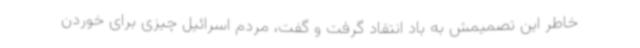
خاطر این تصمیمش به باد انتقاد گرفت و گفت، مردم اسرائیل چیزی برای خوردن